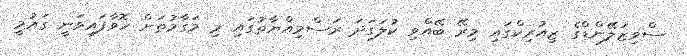
ސްވިޒަލޭންޑްގެ ޒިއުރިކްގައި މިރޭ ބޭއްވި ކުލަގަދަ ރަސްމިއްޔާތުގައި މި މަގާމުތަށް ހޮވާފައިވަނީ ގައުމީ